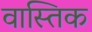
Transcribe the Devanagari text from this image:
वास्तिक